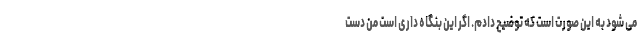
می شود به این صورت است که توضیح دادم. اگر این بنگاه داری است من دست